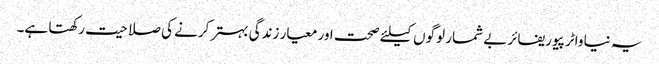
یہ نیا واٹر پیوریفائر بے شمار لوگوں کیلئے صحت اور معیار زندگی بہتر کرنے کی صلاحیت رکھتا ہے۔